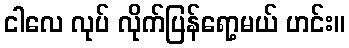
ငါလေ လုပ် လိုက်ပြန်ရော့မယ် ဟင်း။